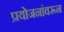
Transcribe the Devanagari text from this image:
प्रयोजनांवरून